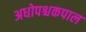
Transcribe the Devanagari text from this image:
अधोपश्चकपाल